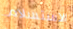
الاستسلام